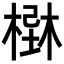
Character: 𣗢